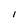
Character: I